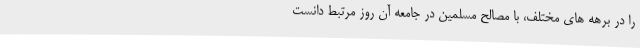
را در برهه های مختلف، با مصالح مسلمین در جامعه آن روز مرتبط دانست